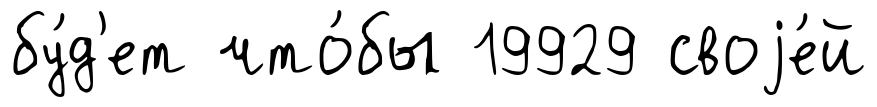
бу́д'ет что́бы 19929 своjе́й